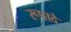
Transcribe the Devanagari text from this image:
रूपादे